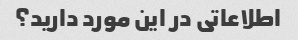
اطلاعاتی در این مورد دارید؟